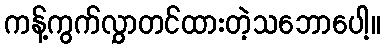
ကန့်ကွက်လွှာတင်ထားတဲ့သဘောပေါ့။